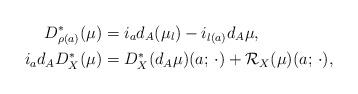
LaTeX: \begin{align*} D_{\rho(a)}^*(\mu) & = i_a d_A(\mu_l) - i_{l(a)} d_A\mu, \\ i_a d_AD_X^*(\mu) & = D_X^*(d_A\mu)(a; \,\cdot) + \mathcal{R}_X(\mu)(a; \, \cdot),\end{align*}